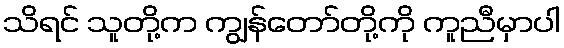
သိရင် သူတို့က ကျွန်တော်တို့ကို ကူညီမှာပါ